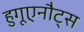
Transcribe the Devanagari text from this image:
हुगूएनौट्स